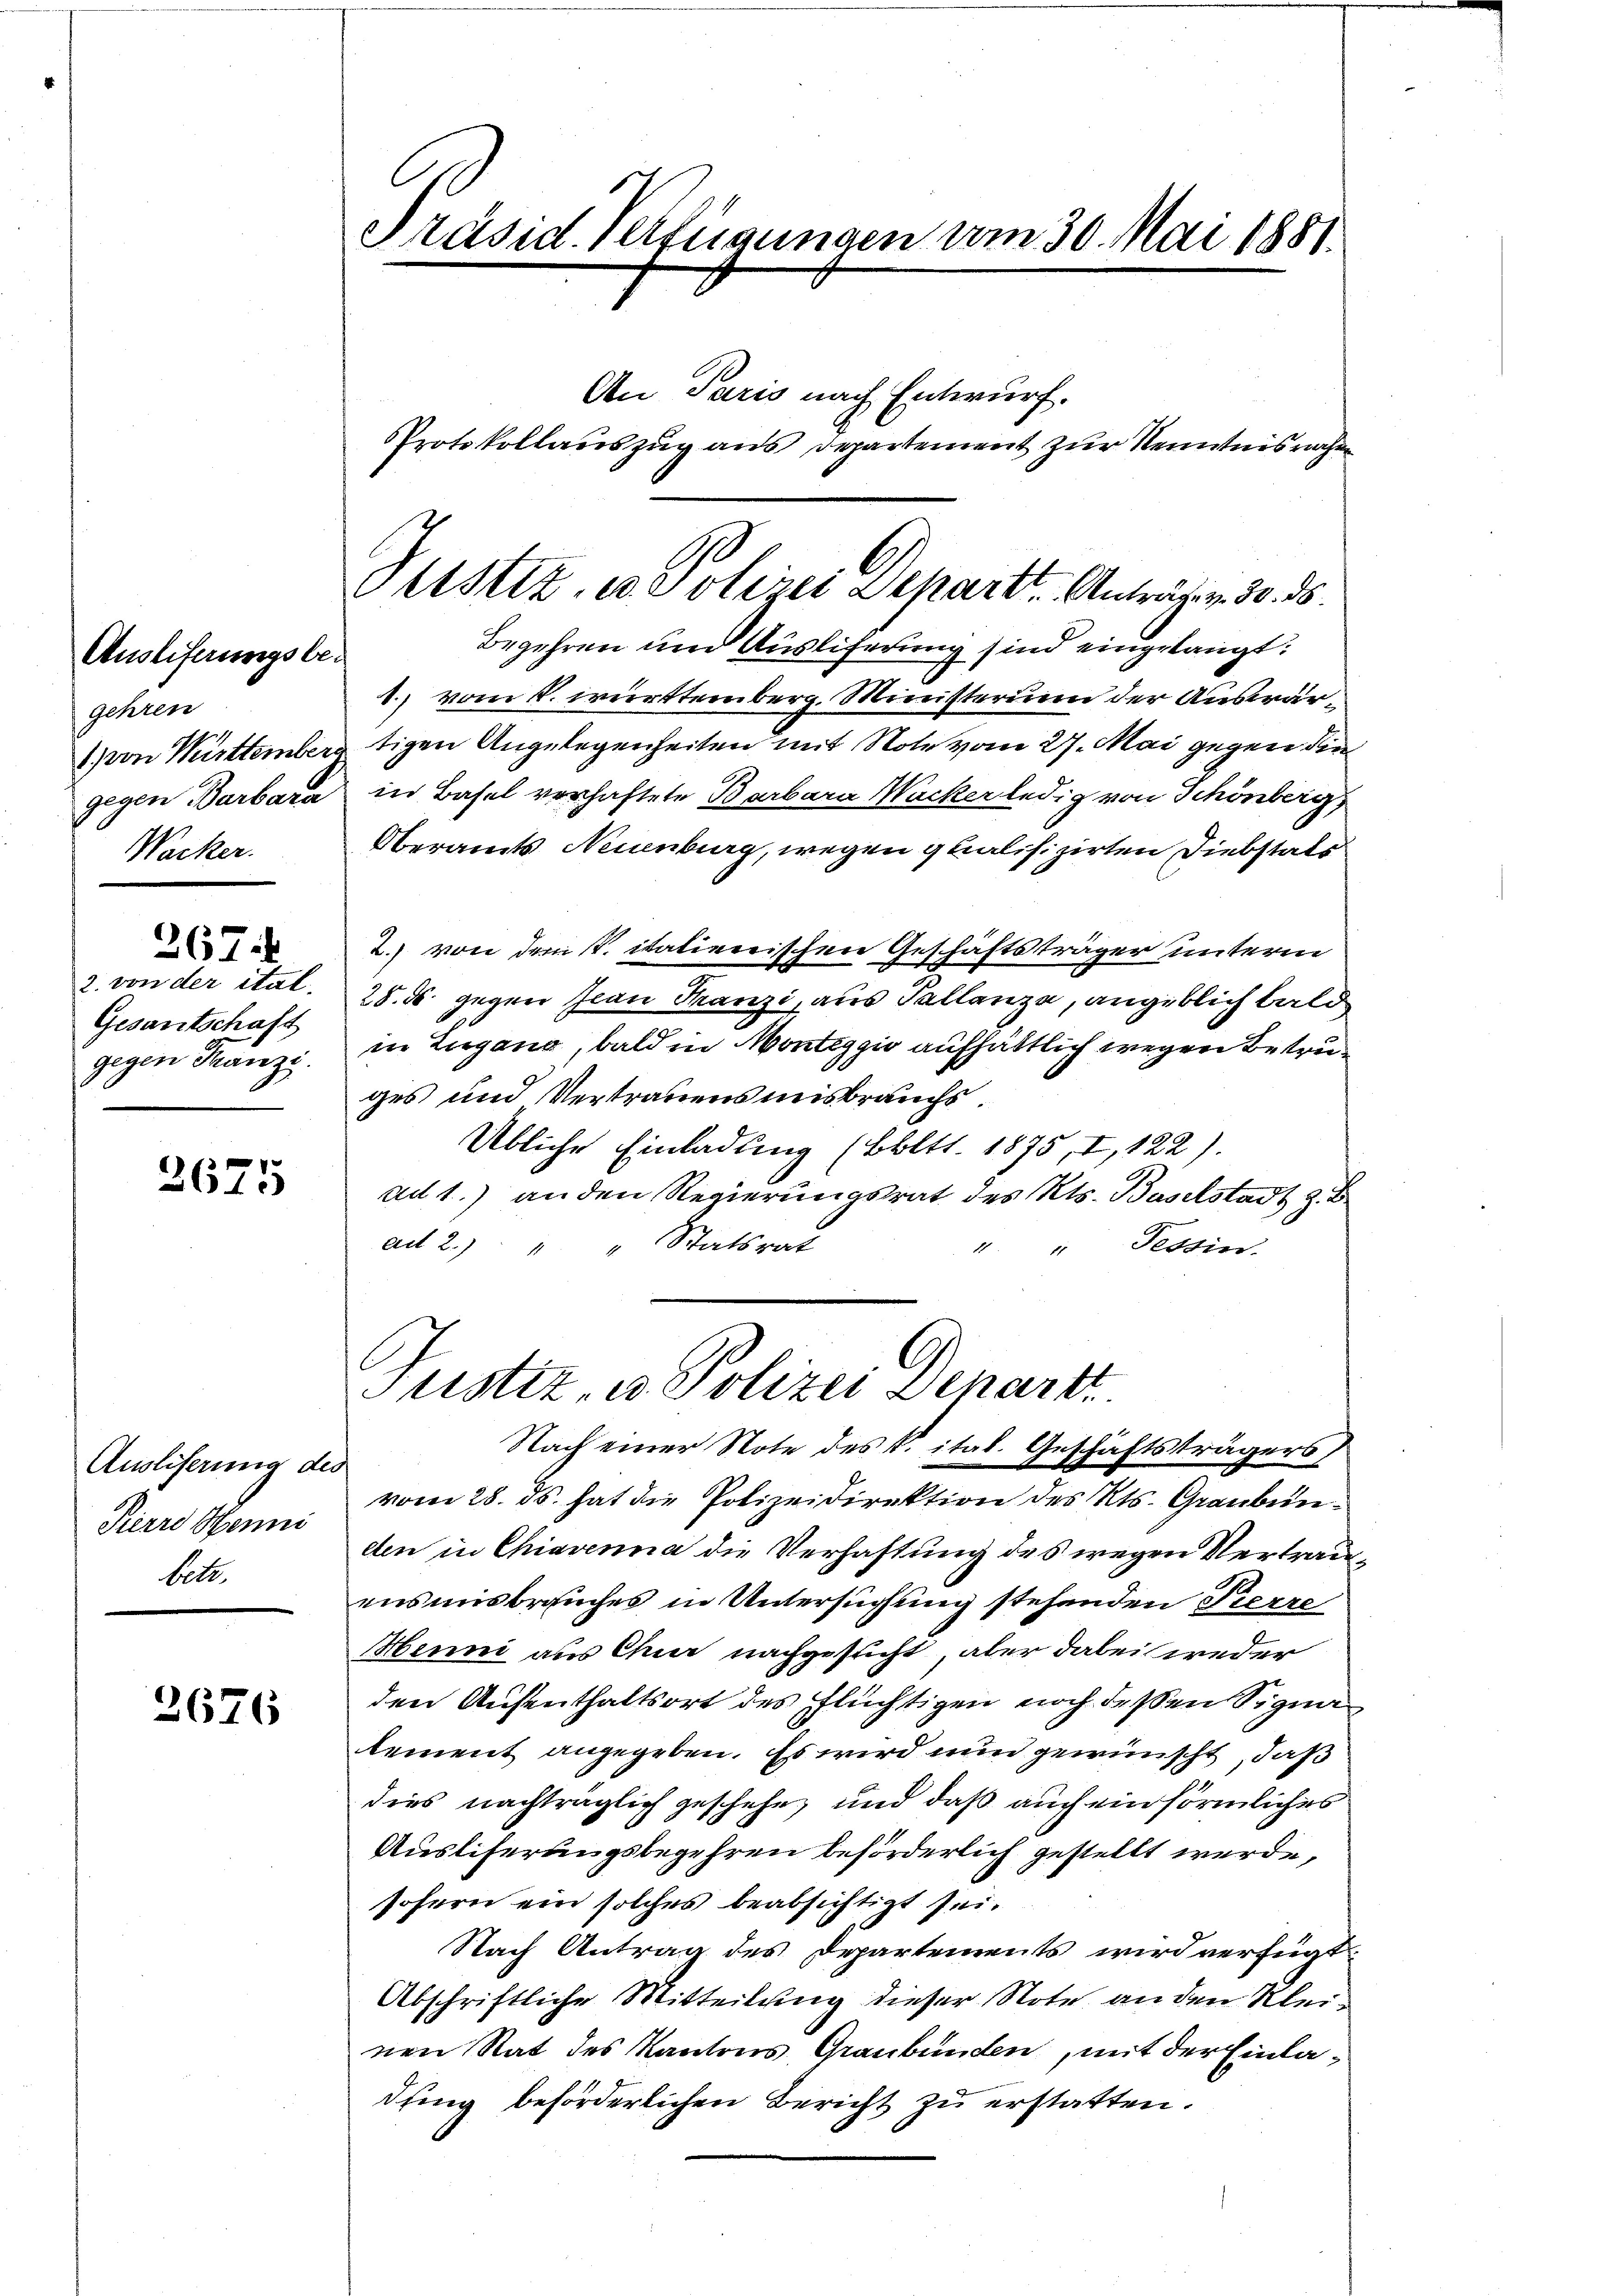
Auslieferungsbegehren
1 von Württember
gegen Barbara
Wacker.

2. von der ital.
Gesantschaft
gegen Franzi

267.

e
261:

Ausliferung der
Pierre Henni
betr.

2676

Präsid. Verfügungen vom 30. Mai 1881.

Protokollauszug aus Departement zur Kenntnis rachen

1., vom 1. württemberg. Ministerium der Auswärtigen Angelegenheiten mit Note vom 27. Mai gegen die
in Basel verhaftete Barbara Macker ledig von Schönberg
Oberamts Neuenburg, wegen qualifizirten Diebstats
2.) von dem V. italienischen Geschäftsträger unterm
28. ds. gegen Jean Franzi, aus Pallanze, angeblich bald
in Lugano, bald in Monteggio aufhältlich wegen Betreges und Vertrauensmisbrauchs.
Übliche Einladung (bbltt. 1875, I, 122).
ad 1.) an den Regierungsrat des Kts. Baselstadt z.
ad 2.) " " Statsrat
“ Tessin.
Justiz, u. Polizei Denart
Nach einer Note des K. ital. Geschäftsträgers,
vom 28. ds. hat die Polizeidirektion des Kts. Graubünden in Chiavenia die Verhaftung des wegen Vertrauensmisbrauches in Untersuchung stehenden Pierre
Henni aus Chur nachgesucht, aber dabei weder
den Aufenthaltsort des Flüchtigen noch dessen Signa
Rement angegeben. Es wird nun gewünscht, daß
dies nachträglich geschehe, und daß auch ein förmliches
Ausliferungsbegehren beförderlich gestellt werde,
sofern ein solches beabsichtigt sei.
Nach Antrag des Departements wird verfügt:
Abschriftliche Mitteilung dieser Note an den Kleinen Rat des Kantons Graubünden, mit der Einladfing beförderlichen Bericht zu erstatten.

An Paris nach Entwurf.

C
Plistiz, es Polizei Separt. Anträgen 30. ds.
Begehren und Ausliferung sind eingelangt: